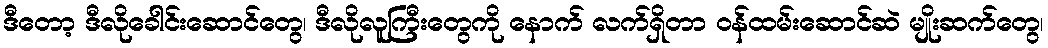
ဒီတော့ ဒီလိုခေါင်းဆောင်တွေ၊ ဒီလိုလူကြီးတွေကို နောက် လက်ရှိတာ ဝန်ထမ်းဆောင်ဆဲ မျိုးဆက်တွေ၊